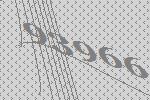
93966